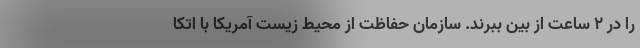
را در ۲ ساعت از بین ببرند. سازمان حفاظت از محیط زیست آمریکا با اتکا